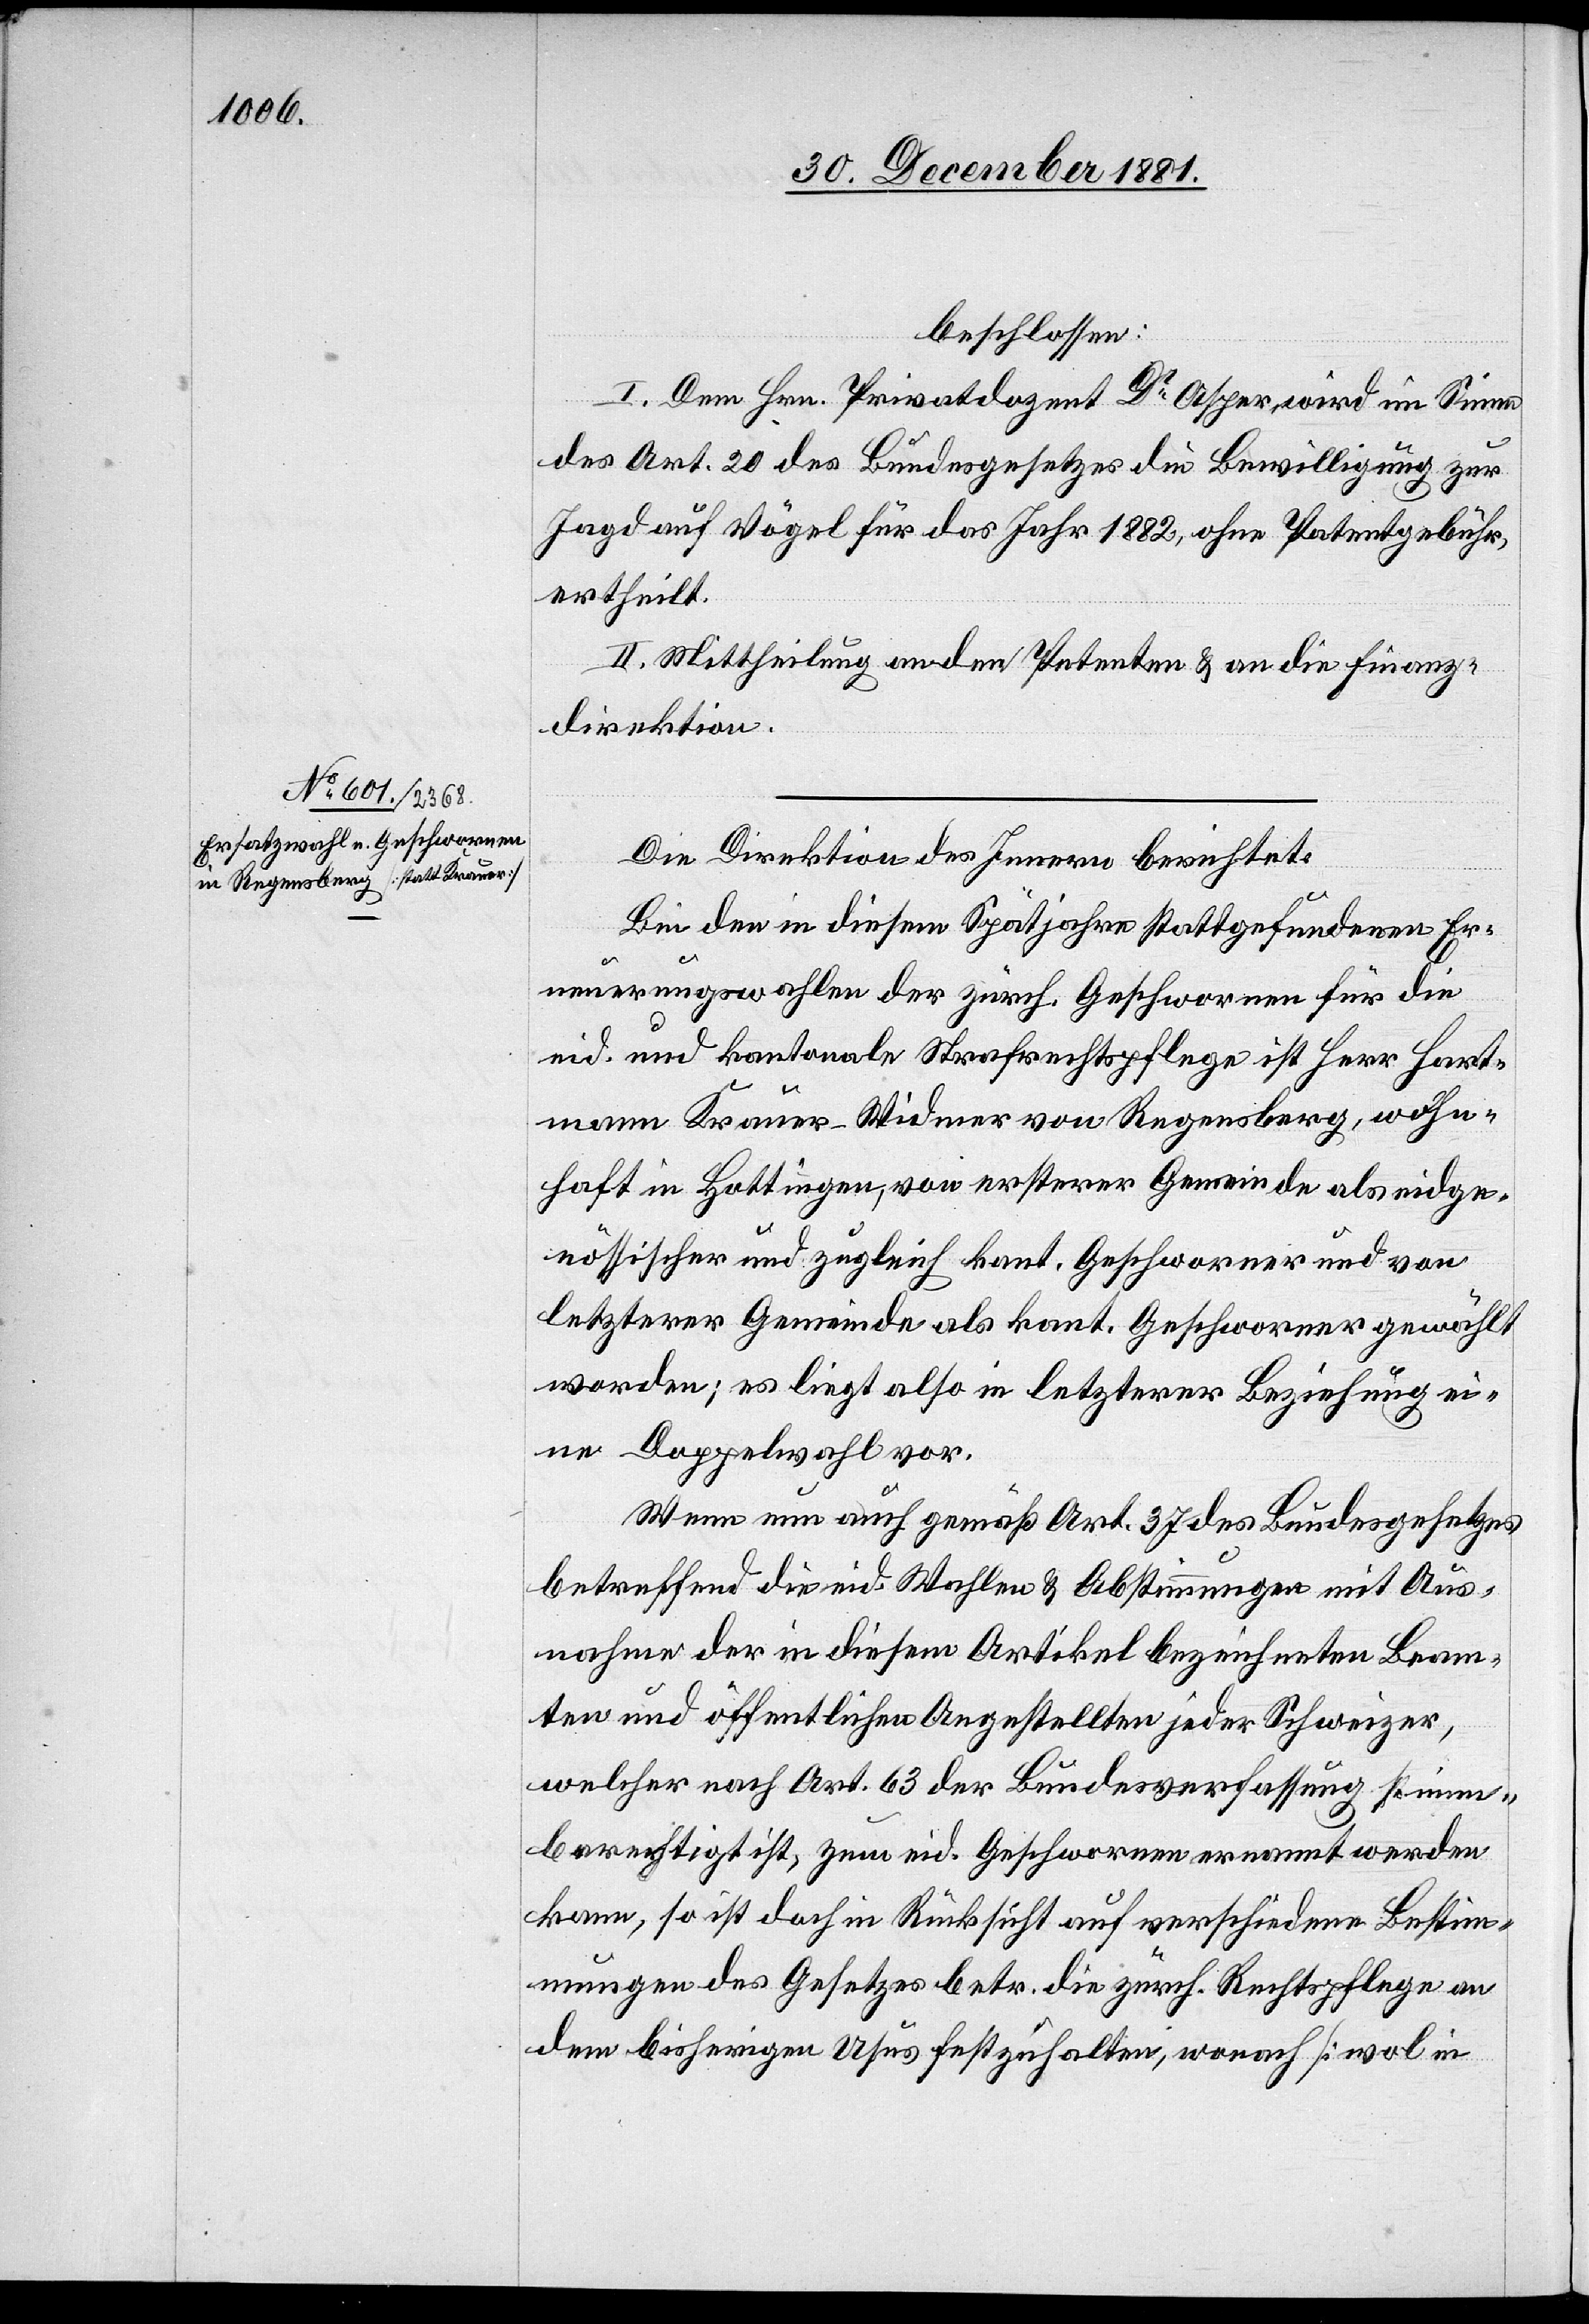
beschlossen:
I. Dem Hrn. Privatdozent Dr Asper wird im Sinne
des Art. 20 des Bundesgesetzes die Bewilligung zur
Jagd auf Vögel für das Jahr 1882, ohne Patentgebühr
ertheilt.
II. Mittheilung an den Petenten & an die Finanz¬
direktion.
Die Direktion des Innern berichtet:
Bei den in diesem Spätjahr stattgefundenen Er¬
neuerungswahlen der zürch. Geschwornen für die
eid. und kantonale Strafrechtspflege ist Herr Hart¬
mann Krauer-Widmer von Regensberg, wohn¬
haft in Hottingen, von ersterer Gemeinde als eidge¬
nössischer und zugleich kant. Geschworner und von
letzterer Gemeinde als kant. Geschworner gewählt
worden; es liegt also in letzterer Beziehung ei¬
ne Doppelwahl vor.
Wenn nun auch gemäß Art. 37 des Bundesgesetzes
betreffend die eid. Wahlen & Abstimmungen mit Aus¬
nahme der in diesem Artikel bezeichneten Beam¬
ten und öffentlichen Angestellten jeder Schweizer,
welcher nach Art. 63 der Bundesverfassung stimm¬
berechtigt ist, zum eid. Geschwornen ernannt werden
kann, so ist doch in Rücksicht auf verschiedene Bestim¬
mungen des Gesetzes betr. die zürch. Rechtspflege an
dem bisherigen Usus festzuhalten, wonach [wol in